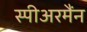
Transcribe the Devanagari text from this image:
स्पीअरमैंन